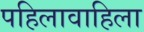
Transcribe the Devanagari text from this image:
पहिलावाहिला